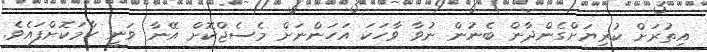
އިތުރަށް ކުރިޔަށްގެންދާން ބެނުން ނުވާ ވާހަކަ އަހަންނަށް މެސެޖްކޮށް އޭނާ ވަނީ ހާމަކޮށްފައެވެ.